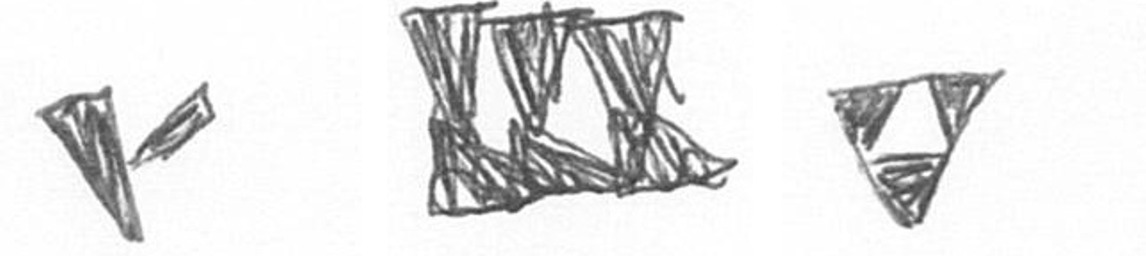
F D S